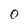
Character: O